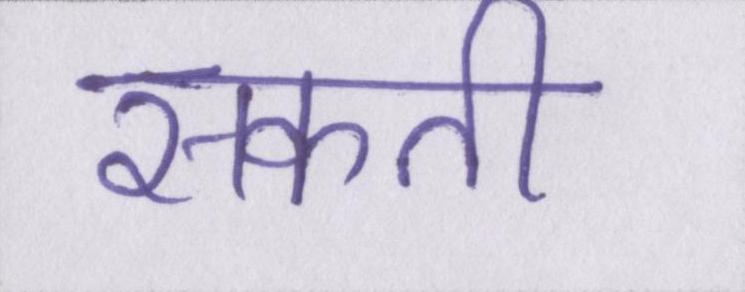
सकती